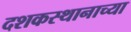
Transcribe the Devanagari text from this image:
दशकस्थानाच्या